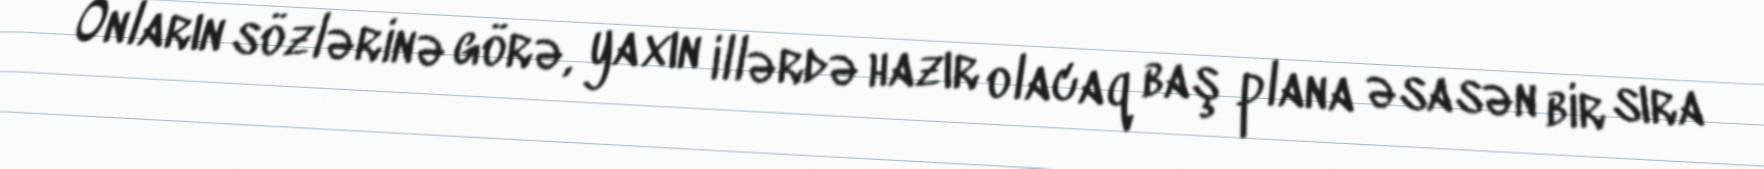
Onların sözlərinə görə, yaxın illərdə hazır olacaq baş plana əsasən bir sıra